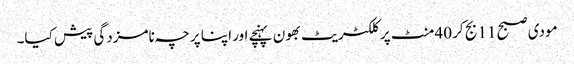
مودی صبح 11 بج کر 40 منٹ پر کلکٹریٹ بھون پہنچے اور اپنا پرچہ نامزدگی پیش کیا۔